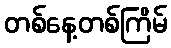
တစ်နေ့တစ်ကြိမ်